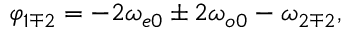
\varphi _ { 1 \mp 2 } = - 2 \omega _ { e 0 } \pm 2 \omega _ { o 0 } - \omega _ { 2 \mp 2 } ,